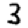
Digit: 3